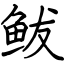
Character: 鲅